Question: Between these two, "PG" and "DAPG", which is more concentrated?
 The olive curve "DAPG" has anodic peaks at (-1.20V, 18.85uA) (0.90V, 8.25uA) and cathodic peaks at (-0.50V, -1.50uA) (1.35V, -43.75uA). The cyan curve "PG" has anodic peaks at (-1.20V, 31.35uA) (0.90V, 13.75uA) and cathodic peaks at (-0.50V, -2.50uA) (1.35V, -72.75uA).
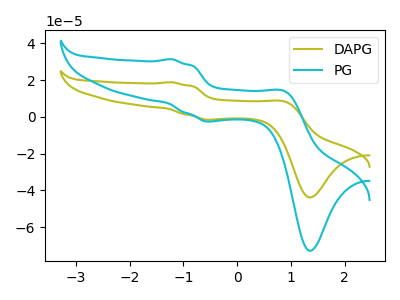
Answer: <think>All the peaks in "PG" have a peak in "DAPG" at the same potential. Every peak in "PG" is higher than every peak in "DAPG".
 </think>
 <answer>"PG" has more signal than "DAPG" and so likely has a higher concentration.</answer>
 <eval>more_concentration</eval>